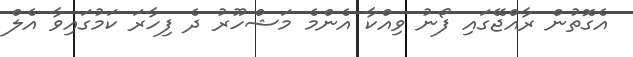
އެގޮތުން ރާއްޖޭގައި ފޯނު ވިއްކާ އެންމެ މަޝްހޫރު ދެ ފިހާރަ ކަމުގައިވާ އެލް